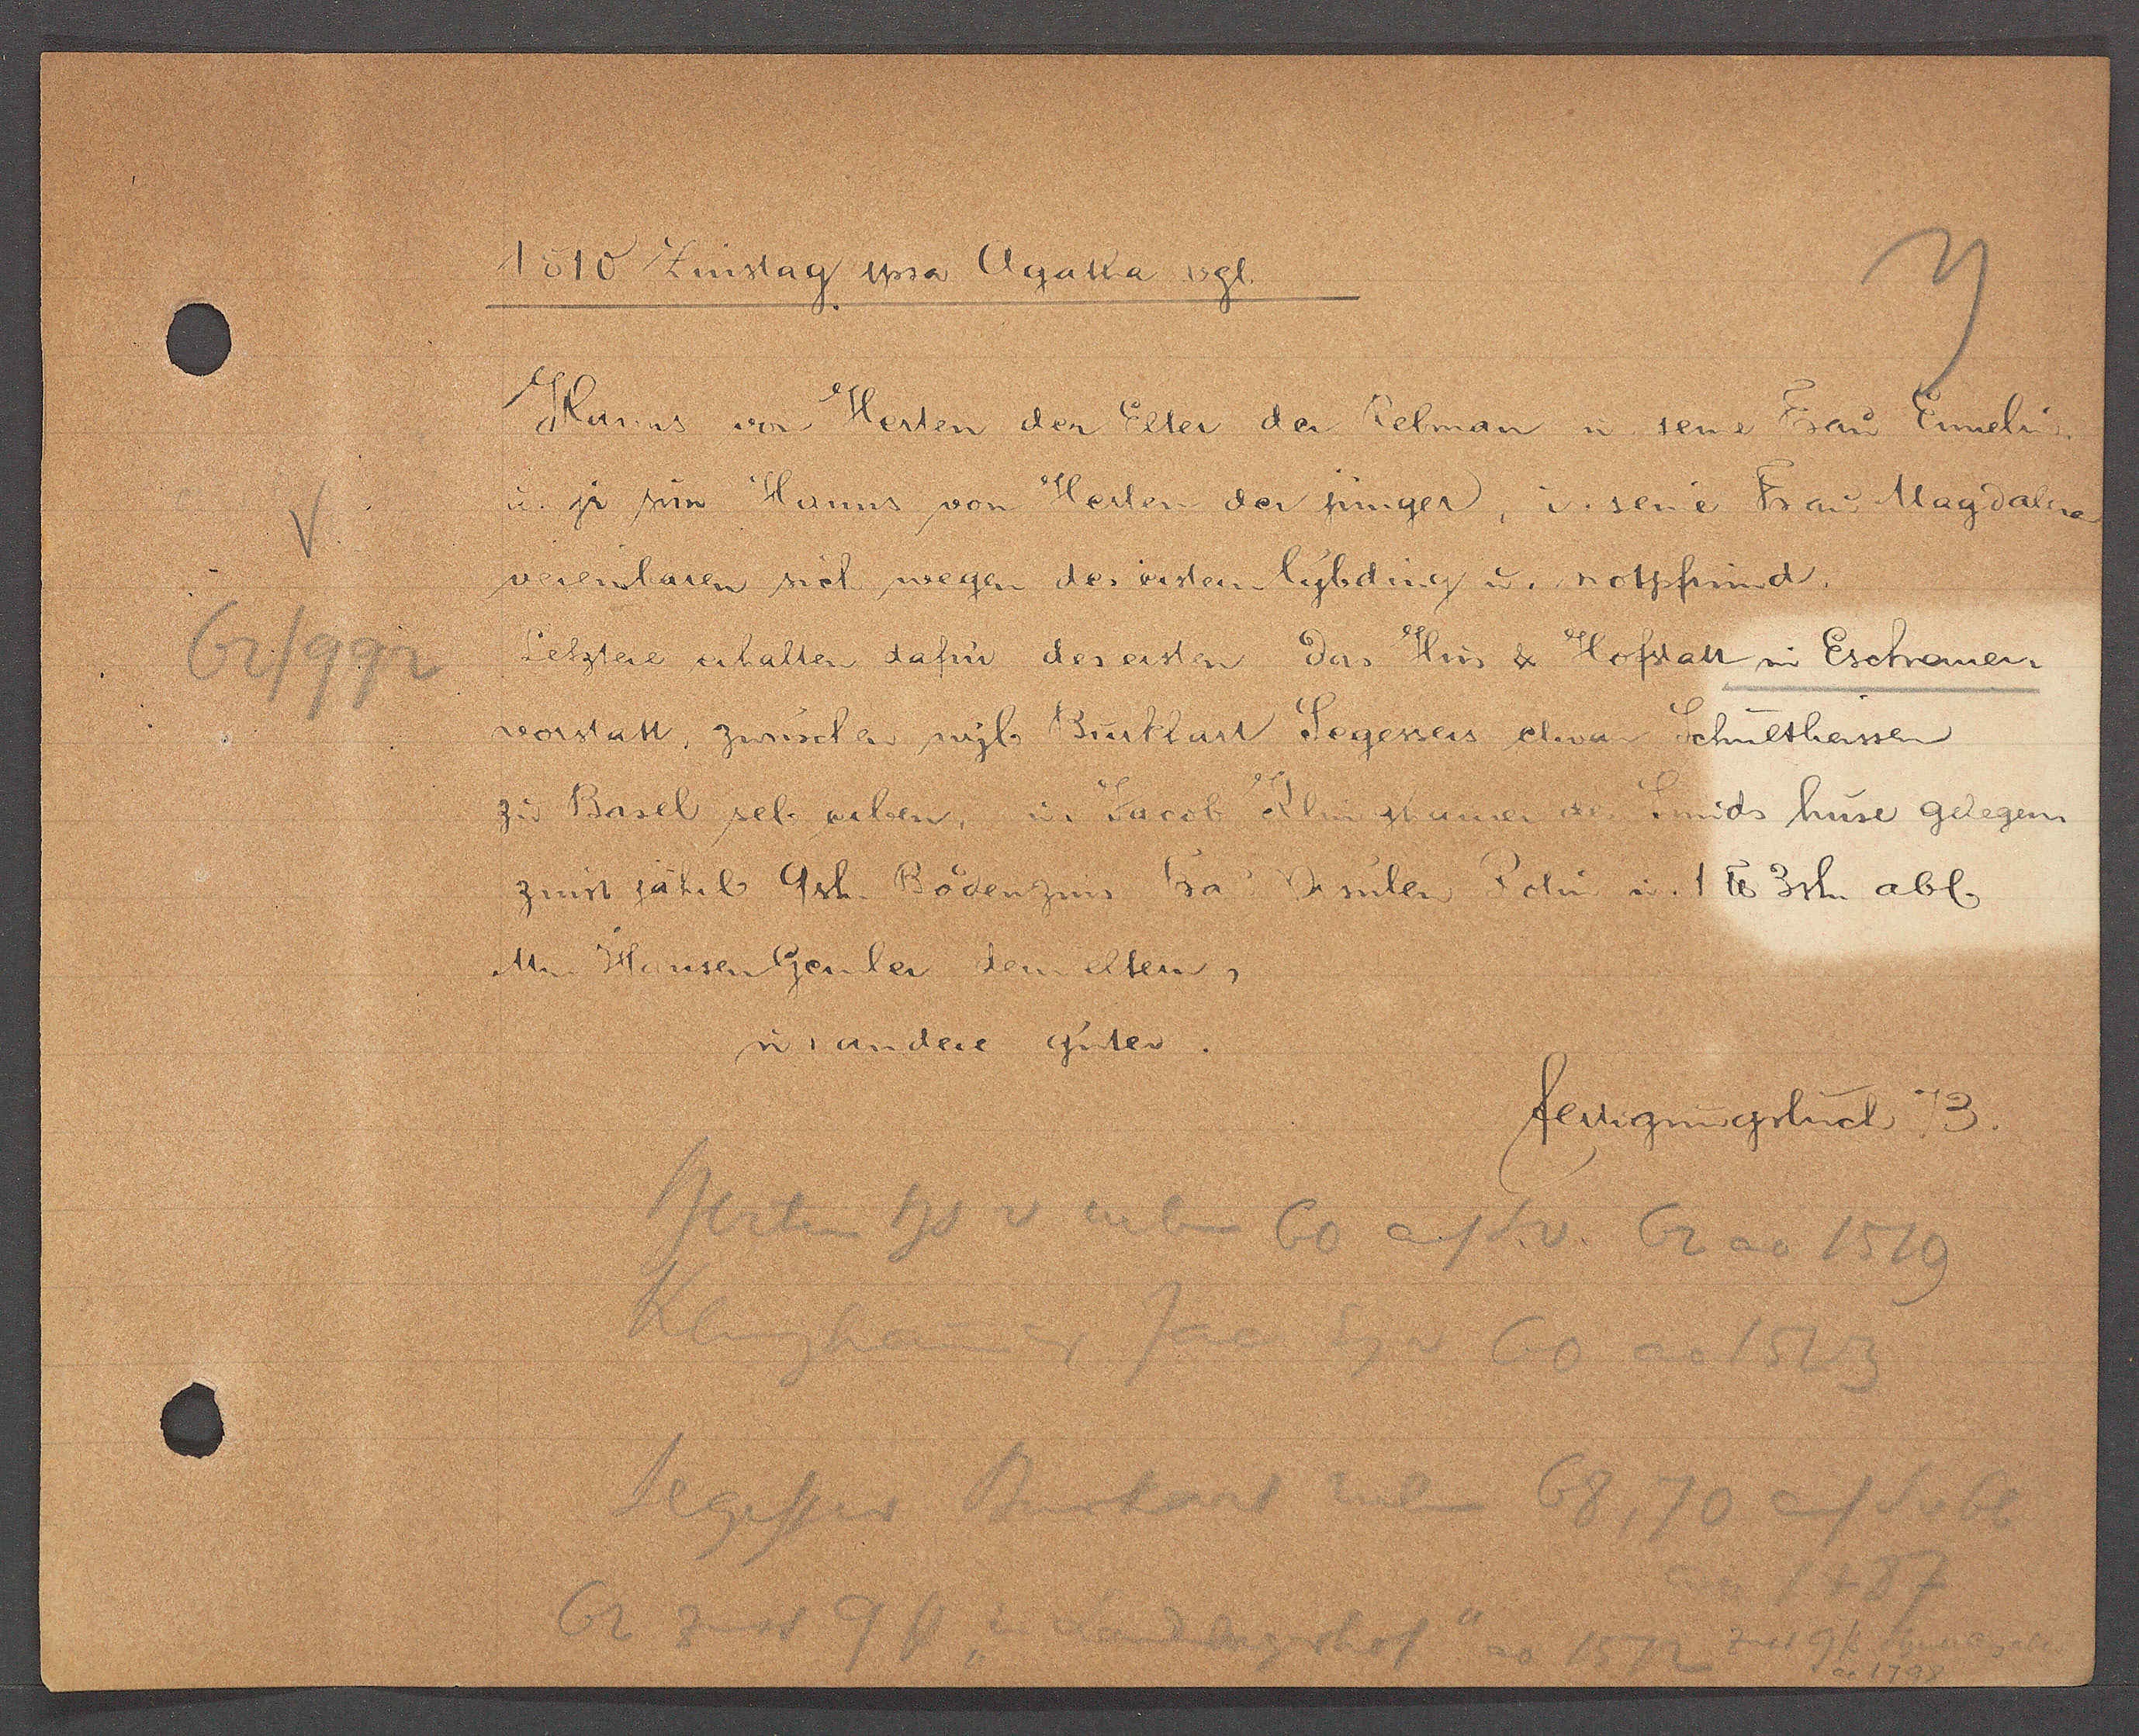
Transcript:
62/992

1510 Zinstag ipsa Agatha vgl

Hanns vor Herten der Elter der Rebman u. seine Frau Ennelin
ư jr sim Hanns von Herter der jünger, u. seine Frau Magdalene
vereinbaren sich wegen des ersten lybding u. notpfrund
Letztere erhalten dafür des ersten das Hus & Hoftatt in Eschamer
vorstatt, zwüschen wyl. Burkart Segessers etwan Schultheissen
zu Basel sel. erben, Jacob Klughauser des Smids huse gelegen
zinst jährl. 9sh. Bodenzins da Basilen von u. 1 ℔ 3sh. abl.
M. Hansen Gemler dem eltern
u. andere Güter.

fertigungsbuch 73.

herten hs v erben 60 auf S v. 62 ao 1519
Klughauser Jac Eig v 60 ao 1523
Segesser Burkart neben 68, 70 auf S v 66
ao 1487
62 zinst 9 ß un sagbert "ao 1572 zw 9k ibenn
ao 1798